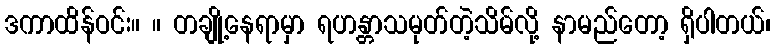
ဒကာထိန်ဝင်း။ ။ တချို့နေရာမှာ ရဟန္တာသမုတ်တဲ့သိမ်လို့ နာမည်တော့ ရှိပါတယ်၊